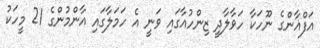
އަފްޣާންގެ ނޫހަކާ ހަވާލާދީ ޒިންހުއާގައި ވަނީ އެ ހަމަލާގައި އާންމުންގެ 21 މީހަކު